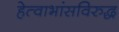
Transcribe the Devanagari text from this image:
हेत्वाभांसविरुद्ध